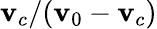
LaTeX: \mathbf{v}_{c}/(\mathbf{v}_{0}-\mathbf{v}_{c})